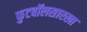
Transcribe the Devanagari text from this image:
फुटबॉलसारखा